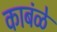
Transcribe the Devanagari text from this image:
काबंळे